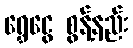
ရွှေငွေ စွန့်နည်း